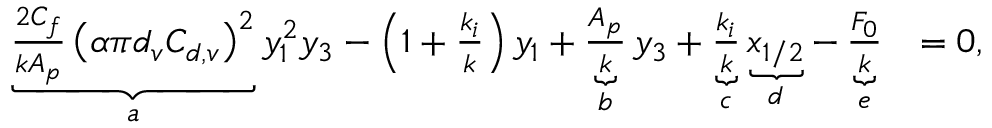
\begin{array} { r l } { \underbrace { \frac { 2 C _ { f } } { k A _ { p } } \left( \alpha \pi d _ { v } C _ { d , v } \right) ^ { 2 } } _ { a } y _ { 1 } ^ { 2 } y _ { 3 } - \left( 1 + \frac { k _ { i } } { k } \right) y _ { 1 } + \underbrace { \frac { A _ { p } } { k } } _ { b } y _ { 3 } + \underbrace { \frac { k _ { i } } { k } } _ { c } \underbrace { x _ { 1 / 2 } } _ { d } - \underbrace { \frac { F _ { 0 } } { k } } _ { e } } & { = 0 , } \end{array}